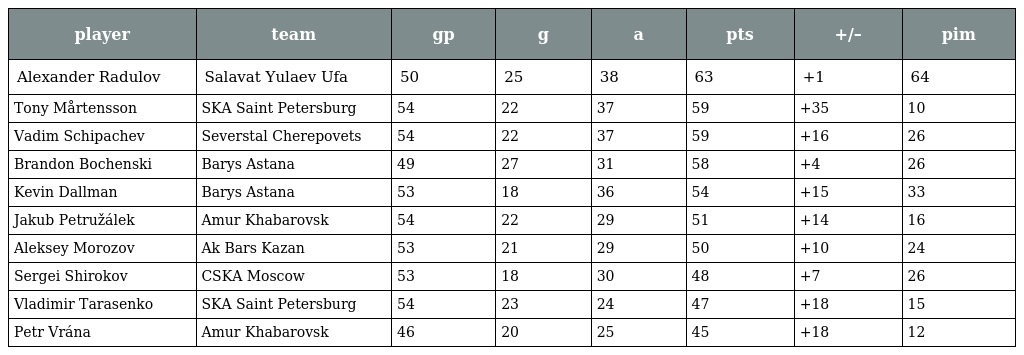
| player | team | gp | g | a | pts | +/– | pim |
 | --- | --- | --- | --- | --- | --- | --- | --- |
 | Alexander Radulov | Salavat Yulaev Ufa | 50 | 25 | 38 | 63 | +1 | 64 |
 | Tony Mårtensson | SKA Saint Petersburg | 54 | 22 | 37 | 59 | +35 | 10 |
 | Vadim Schipachev | Severstal Cherepovets | 54 | 22 | 37 | 59 | +16 | 26 |
 | Brandon Bochenski | Barys Astana | 49 | 27 | 31 | 58 | +4 | 26 |
 | Kevin Dallman | Barys Astana | 53 | 18 | 36 | 54 | +15 | 33 |
 | Jakub Petružálek | Amur Khabarovsk | 54 | 22 | 29 | 51 | +14 | 16 |
 | Aleksey Morozov | Ak Bars Kazan | 53 | 21 | 29 | 50 | +10 | 24 |
 | Sergei Shirokov | CSKA Moscow | 53 | 18 | 30 | 48 | +7 | 26 |
 | Vladimir Tarasenko | SKA Saint Petersburg | 54 | 23 | 24 | 47 | +18 | 15 |
 | Petr Vrána | Amur Khabarovsk | 46 | 20 | 25 | 45 | +18 | 12 |